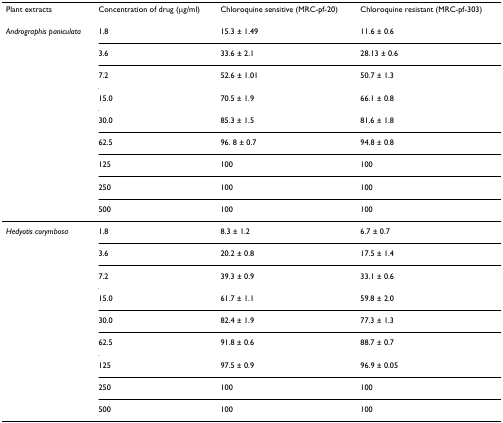
<table><thead><tr><td><b>Plant extracts</b></td><td><b>Concentration of drug (μg/ml)</b></td><td><b>Chloroquine sensitive (MRC-pf-20)</b></td><td><b>Chloroquine resistant (MRC-pf-303)</b></td></tr></thead><tbody><tr><td><i>Andrographis paniculata</i></td><td>1.8</td><td>15.3 ± 1.49</td><td>11.6 ± 0.6</td></tr><tr><td></td><td>3.6</td><td>33.6 ± 2.1</td><td>28.13 ± 0.6</td></tr><tr><td></td><td>7.2</td><td>52.6 ± 1.01</td><td>50.7 ± 1.3</td></tr><tr><td></td><td>15.0</td><td>70.5 ± 1.9</td><td>66.1 ± 0.8</td></tr><tr><td></td><td>30.0</td><td>85.3 ± 1.5</td><td>81.6 ± 1.8</td></tr><tr><td></td><td>62.5</td><td>96. 8 ± 0.7</td><td>94.8 ± 0.8</td></tr><tr><td></td><td>125</td><td>100</td><td>100</td></tr><tr><td></td><td>250</td><td>100</td><td>100</td></tr><tr><td></td><td>500</td><td>100</td><td>100</td></tr><tr><td><i>Hedyotis corymbosa</i></td><td>1.8</td><td>8.3 ± 1.2</td><td>6.7 ± 0.7</td></tr><tr><td></td><td>3.6</td><td>20.2 ± 0.8</td><td>17.5 ± 1.4</td></tr><tr><td></td><td>7.2</td><td>39.3 ± 0.9</td><td>33.1 ± 0.6</td></tr><tr><td></td><td>15.0</td><td>61.7 ± 1.1</td><td>59.8 ± 2.0</td></tr><tr><td></td><td>30.0</td><td>82.4 ± 1.9</td><td>77.3 ± 1.3</td></tr><tr><td></td><td>62.5</td><td>91.8 ± 0.6</td><td>88.7 ± 0.7</td></tr><tr><td></td><td>125</td><td>97.5 ± 0.9</td><td>96.9 ± 0.05</td></tr><tr><td></td><td>250</td><td>100</td><td>100</td></tr><tr><td></td><td>500</td><td>100</td><td>100</td></tr></tbody></table>